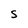
Character: S